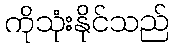
ကိုသုံးနိုင်သည်